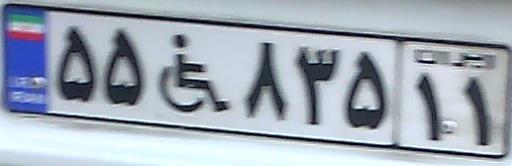
۵۵+۸۳۵۱۱